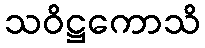
သဝိဋ္ဌကောသိ